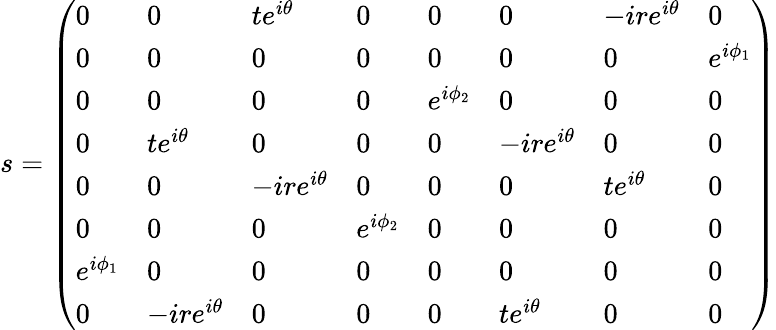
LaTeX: s=\left(\begin{array}{llllllll}{0}&{0}&{te^{i\theta}}&{0}&{0}&{0}&{-ire^{i\theta}}&{0}\\ {0}&{0}&{0}&{0}&{0}&{0}&{0}&{e^{i\phi_{1}}}\\ {0}&{0}&{0}&{0}&{e^{i\phi_{2}}}&{0}&{0}&{0}\\ {0}&{te^{i\theta}}&{0}&{0}&{0}&{-ire^{i\theta}}&{0}&{0}\\ {0}&{0}&{-ire^{i\theta}}&{0}&{0}&{0}&{te^{i\theta}}&{0}\\ {0}&{0}&{0}&{e^{i\phi_{2}}}&{0}&{0}&{0}&{0}\\ {e^{i\phi_{1}}}&{0}&{0}&{0}&{0}&{0}&{0}&{0}\\ {0}&{-ire^{i\theta}}&{0}&{0}&{0}&{te^{i\theta}}&{0}&{0}\end{array}\right)